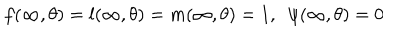
LaTeX: f ( \infty , \theta ) = l ( \infty , \theta ) = m ( \infty , \theta ) = 1 , \ \ \psi ( \infty , \theta ) = 0